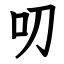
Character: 叨